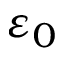
\varepsilon _ { 0 }